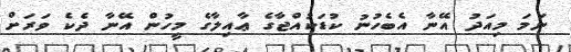
ނަމަ މިއަދު އޭނާ އެބެހުނު ކުޑަކުއްޖާގެ ޢާއިލާގެ މީހުން އޭނާ ދެކެ ވަރަށް